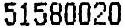
51580020